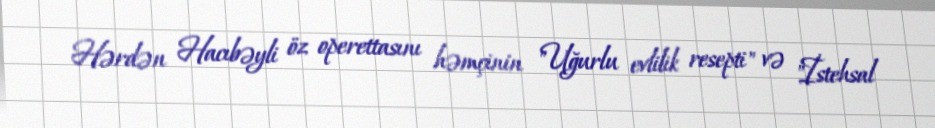
Hərdən Hacıbəyli öz operettasını həmçinin "Uğurlu evlilik resepti" və "İstehsal